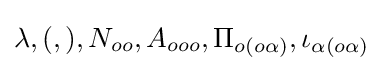
\lambda ,(,),N_{oo},A_{ooo},\Pi _{o(o\alpha )},\iota _{\alpha (o\alpha )}